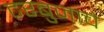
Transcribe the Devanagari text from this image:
टरबुजाचे